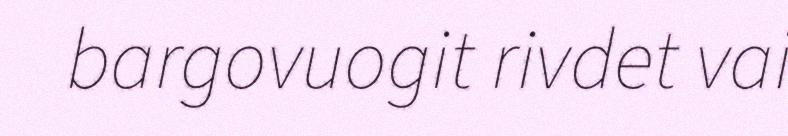
bargovuogit rivdet vai